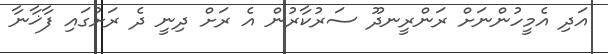
އަދި އެމީހުންނަށް ރަންރީނދޫ ސަރުކާރުން އެ ރަށް ދިނީ ދެ ރަށުގައި ފާޚާނާ